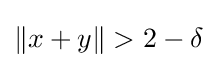
\|x+y\|>2-\delta